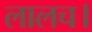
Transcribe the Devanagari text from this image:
लालच।